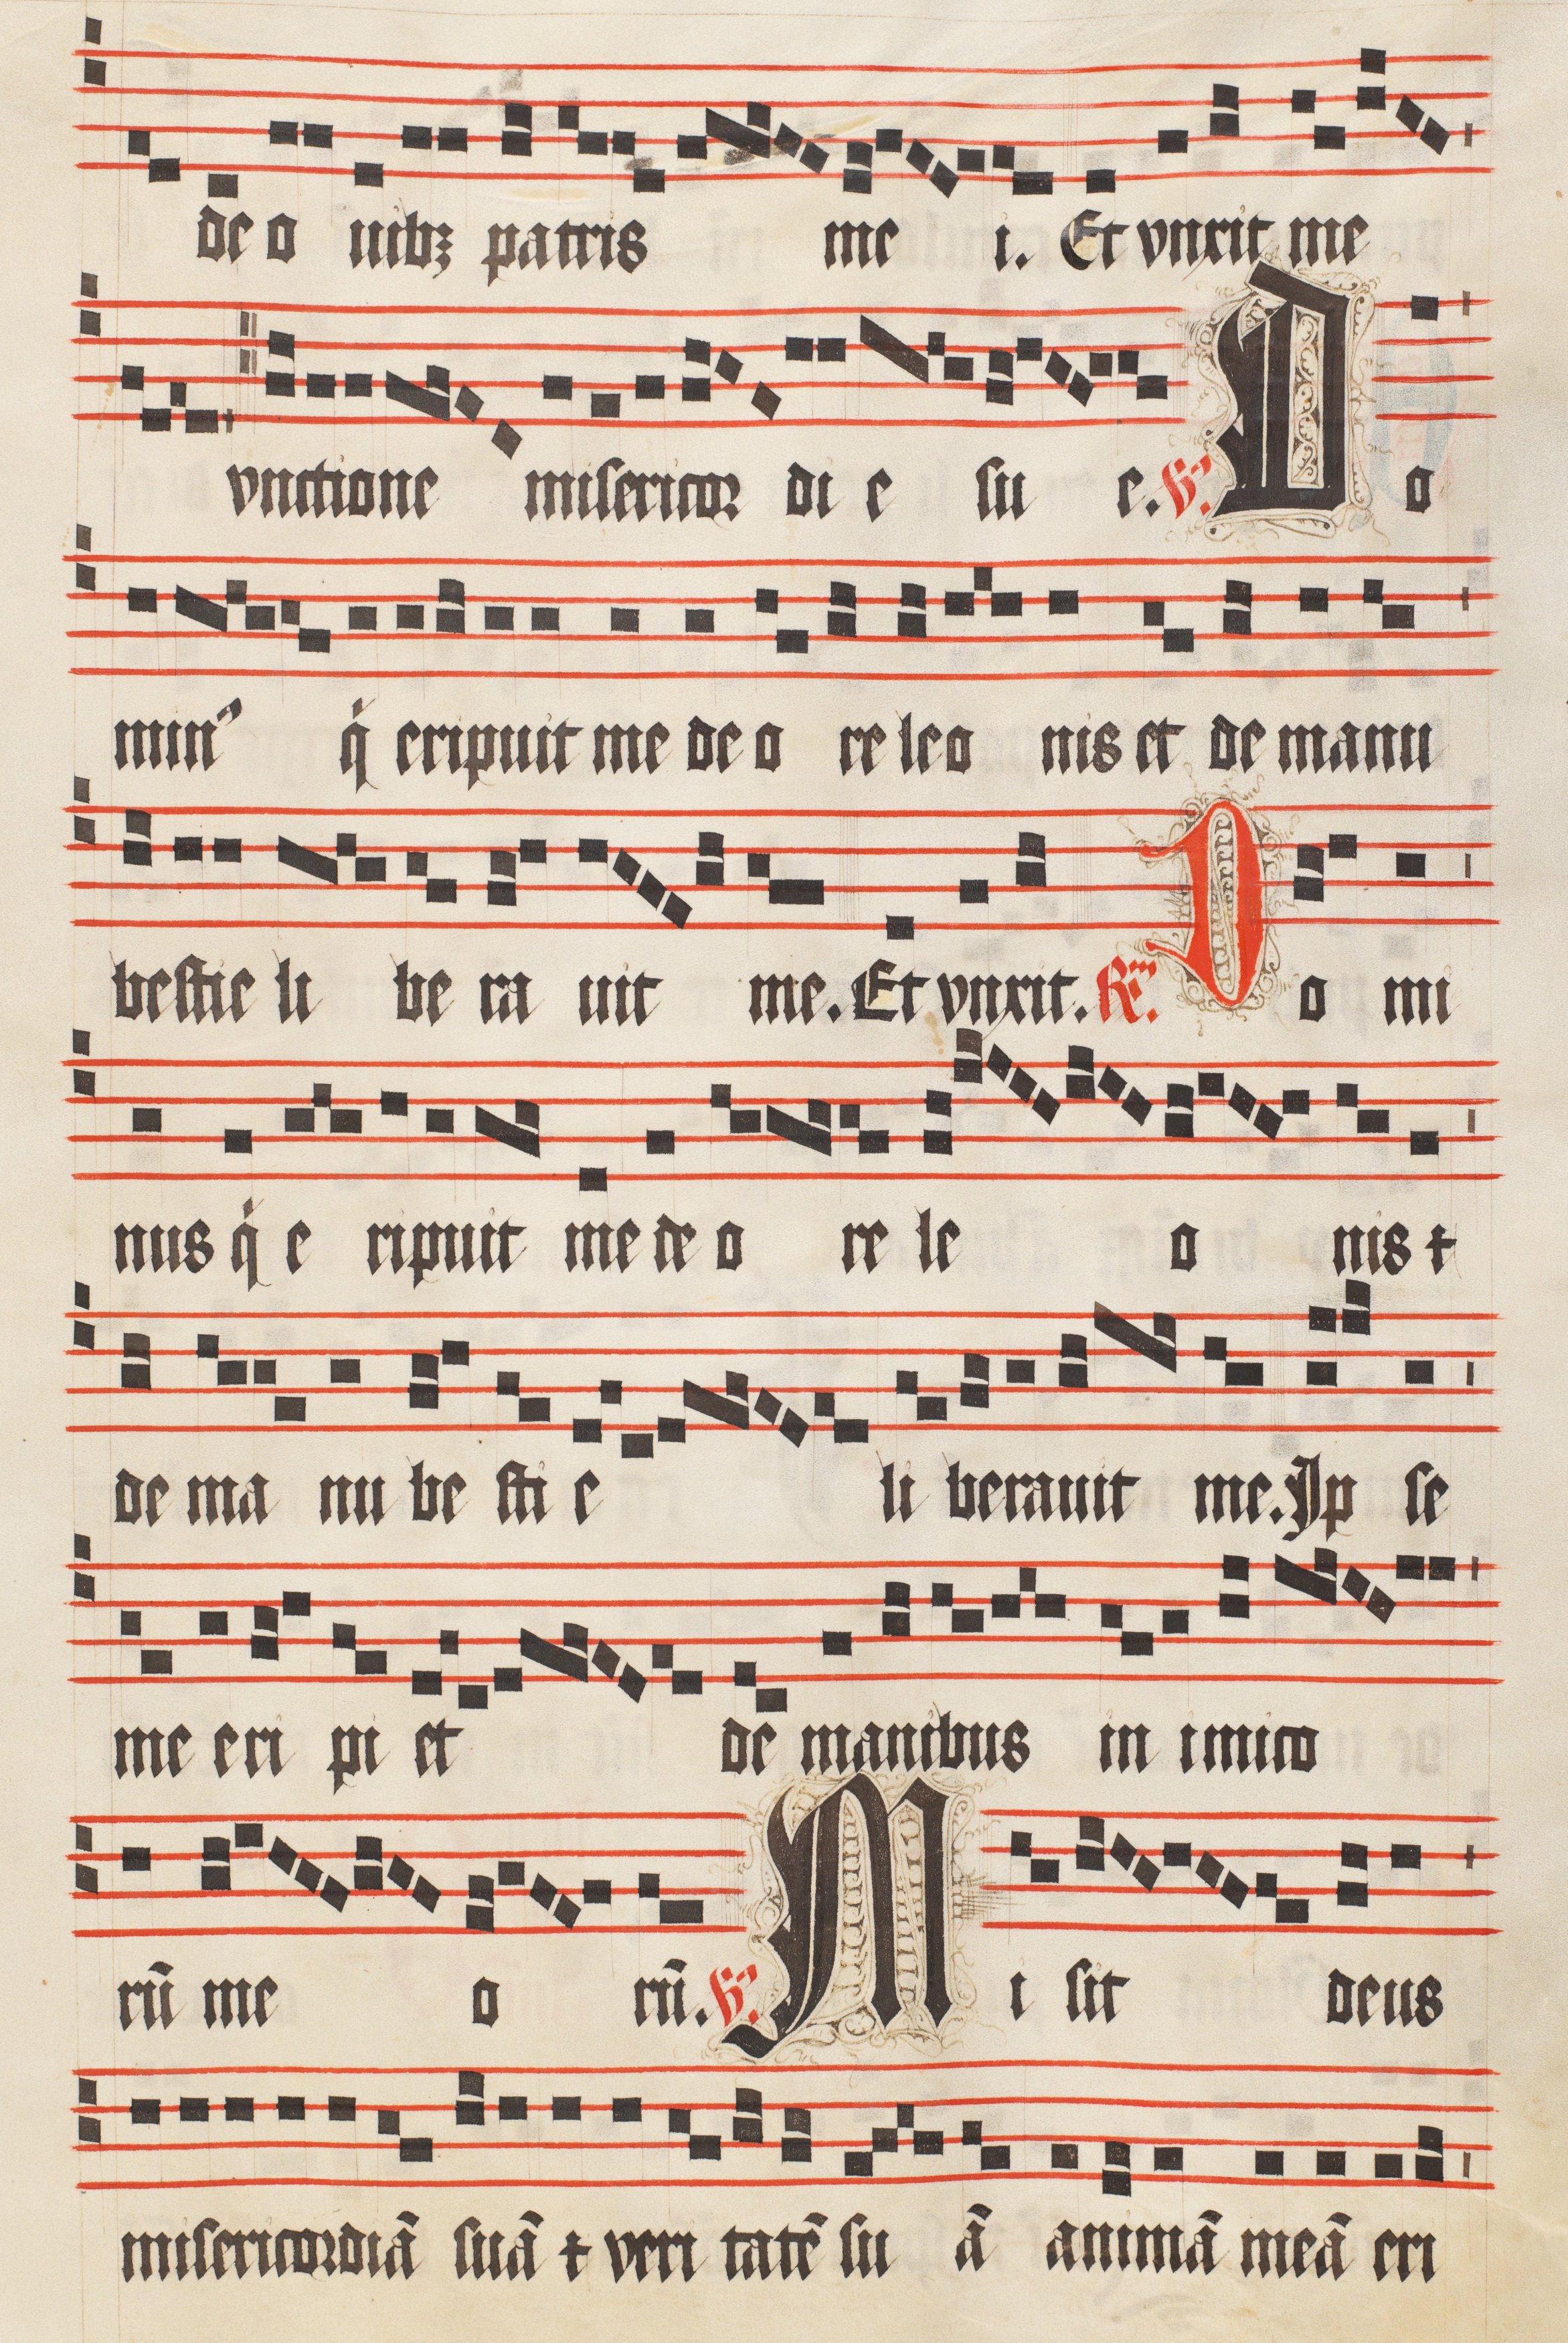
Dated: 1509–1517